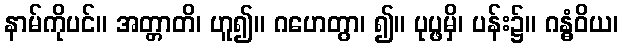
နာမ်ကိုပင်။ အတ္တာတိ၊ ဟူ၍။ ဂဟေတွာ၊ ၍။ ပုပ္ဖမှိ၊ ပန်း၌။ ဂန္ဓံဝိယ၊